Report of the Indian Hemp Drugs Commission, 1894-1895 - Volume II
Year: 1894
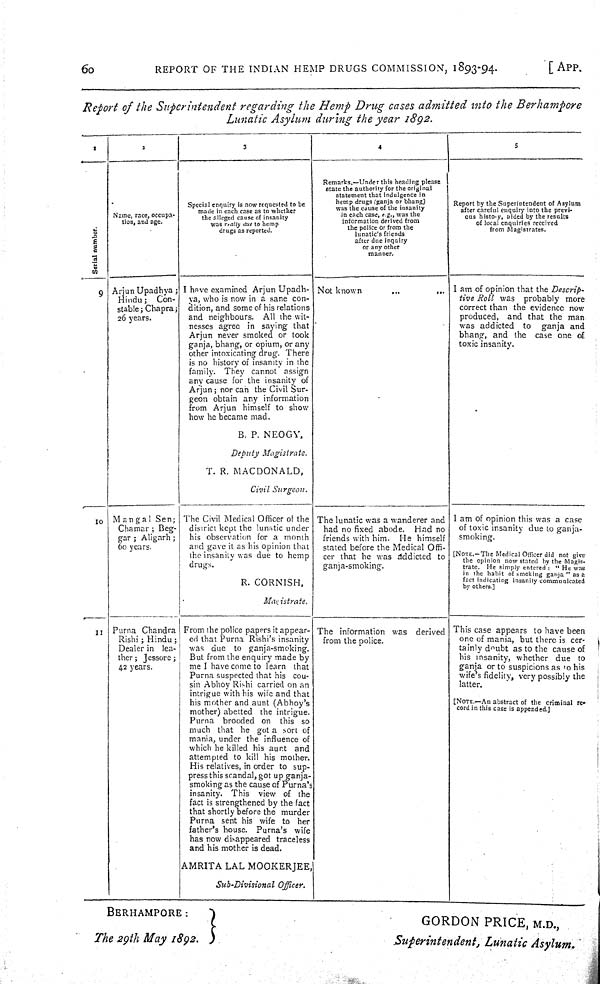
60
REPORT OF THE INDIAN HEMP DRUGS COMMISSION, 1893-94.
[APP.
Report of the Superintendent regarding the Hemp Drug cases admitted into the
Berhampore
Lunatic Asylum during the year
1892.
1
2
3
4
5
Serial number.
Name, race, occupa-
tion, and age.
Special enquiry is now requested to be
made in each case as to whether
the alleged cause of insanity
was really due to hemp
drugs as reported.
Remarks.—Under this heading please
state the authority for the original
statement that indulgence in
hemp drugs (ganja or bhang)
was the cause of the insanity
in each case, e.g., was the
information derived from
the police or from the
lunatic's friends
after due inquiry
or any other
manner.
Report by the Superintendent of Asylum
after careful enquiry into the previ-
ous history, aided by the results
of local enquiries received
from Magistrates.
Serial number.
Name, race, occupa-
tion, and age.
Special enquiry is now requested to be
made in each case as to whether
the alleged cause of insanity
was really due to hemp
drugs as reported.
Remarks.—Under this heading please
state the authority for the original
statement that indulgence in
hemp drugs (ganja or bhang)
was the cause of the insanity
in each case, e.g., was the
information derived from
the police or from the
lunatic's friends
after due inquiry
or any other
manner.
Report by the Superintendent of Asylum
after careful enquiry into the previ-
ous history, aided by the results
of local enquiries received
from Magistrates.
Serial number.
Name, race, occupa-
tion, and age.
Special enquiry is now requested to be
made in each case as to whether
the alleged cause of insanity
was really due to hemp
drugs as reported.
Remarks.—Under this heading please
state the authority for the original
statement that indulgence in
hemp drugs (ganja or bhang)
was the cause of the insanity
in each case, e.g., was the
information derived from
the police or from the
lunatic's friends
after due inquiry
or any other
manner.
Report by the Superintendent of Asylum
after careful enquiry into the previ-
ous history, aided by the results
of local enquiries received
from Magistrates.
Serial number.
Name, race, occupa-
tion, and age.
Special enquiry is now requested to be
made in each case as to whether
the alleged cause of insanity
was really due to hemp
drugs as reported.
Remarks.—Under this heading please
state the authority for the original
statement that indulgence in
hemp drugs (ganja or bhang)
was the cause of the insanity
in each case, e.g., was the
information derived from
the police or from the
lunatic's friends
after due inquiry
or any other
manner.
Report by the Superintendent of Asylum
after careful enquiry into the previ-
ous history, aided by the results
of local enquiries received
from Magistrates.
Serial number.
Name, race, occupa-
tion, and age.
Special enquiry is now requested to be
made in each case as to whether
the alleged cause of insanity
was really due to hemp
drugs as reported.
Remarks.—Under this heading please
state the authority for the original
statement that indulgence in
hemp drugs (ganja or bhang)
was the cause of the insanity
in each case, e.g., was the
information derived from
the police or from the
lunatic's friends
after due inquiry
or any other
manner.
Report by the Superintendent of Asylum
after careful enquiry into the previ-
ous history, aided by the results
of local enquiries received
from Magistrates.
Serial number.
Name, race, occupa-
tion, and age.
Special enquiry is now requested to be
made in each case as to whether
the alleged cause of insanity
was really due to hemp
drugs as reported.
Remarks.—Under this heading please
state the authority for the original
statement that indulgence in
hemp drugs (ganja or bhang)
was the cause of the insanity
in each case, e.g., was the
information derived from
the police or from the
lunatic's friends
after due inquiry
or any other
manner.
Report by the Superintendent of Asylum
after careful enquiry into the previ-
ous history, aided by the results
of local enquiries received
from Magistrates.
Serial number.
Name, race, occupa-
tion, and age.
Special enquiry is now requested to be
made in each case as to whether
the alleged cause of insanity
was really due to hemp
drugs as reported.
Remarks.—Under this heading please
state the authority for the original
statement that indulgence in
hemp drugs (ganja or bhang)
was the cause of the insanity
in each case, e.g., was the
information derived from
the police or from the
lunatic's friends
after due inquiry
or any other
manner.
Report by the Superintendent of Asylum
after careful enquiry into the previ-
ous history, aided by the results
of local enquiries received
from Magistrates.
Serial number.
Name, race, occupa-
tion, and age.
Special enquiry is now requested to be
made in each case as to whether
the alleged cause of insanity
was really due to hemp
drugs as reported.
Remarks.—Under this heading please
state the authority for the original
statement that indulgence in
hemp drugs (ganja or bhang)
was the cause of the insanity
in each case, e.g., was the
information derived from
the police or from the
lunatic's friends
after due inquiry
or any other
manner.
Report by the Superintendent of Asylum
after careful enquiry into the previ-
ous history, aided by the results
of local enquiries received
from Magistrates.
Serial number.
Name, race, occupa-
tion, and age.
Special enquiry is now requested to be
made in each case as to whether
the alleged cause of insanity
was really due to hemp
drugs as reported.
Remarks.—Under this heading please
state the authority for the original
statement that indulgence in
hemp drugs (ganja or bhang)
was the cause of the insanity
in each case, e.g., was the
information derived from
the police or from the
lunatic's friends
after due inquiry
or any other
manner.
Report by the Superintendent of Asylum
after careful enquiry into the previ-
ous history, aided by the results
of local enquiries received
from Magistrates.
Serial number.
Name, race, occupa-
tion, and age.
Special enquiry is now requested to be
made in each case as to whether
the alleged cause of insanity
was really due to hemp
drugs as reported.
Remarks.—Under this heading please
state the authority for the original
statement that indulgence in
hemp drugs (ganja or bhang)
was the cause of the insanity
in each case, e.g., was the
information derived from
the police or from the
lunatic's friends
after due inquiry
or any other
manner.
Report by the Superintendent of Asylum
after careful enquiry into the previ-
ous history, aided by the results
of local enquiries received
from Magistrates.
Serial number.
Name, race, occupa-
tion, and age.
Special enquiry is now requested to be
made in each case as to whether
the alleged cause of insanity
was really due to hemp
drugs as reported.
Remarks.—Under this heading please
state the authority for the original
statement that indulgence in
hemp drugs (ganja or bhang)
was the cause of the insanity
in each case, e.g., was the
information derived from
the police or from the
lunatic's friends
after due inquiry
or any other
manner.
Report by the Superintendent of Asylum
after careful enquiry into the previ-
ous history, aided by the results
of local enquiries received
from Magistrates.
9
Arjun Upadhya;
Hindu;
Con-
stable; Chapra;
26 years.
I have examined Arjun Upadh-
ya, who is now in a sane con-
dition, and some of his relations
and neighbours.
All the wit-
nesses agree in saying that
Arjun never smoked or took
ganja, bhang, or opium, or any
other intoxicating drug. There
is no history of insanity in the
family.
They cannot
assign
any cause for the insanity of
Arjun; nor can the Civil Sur-
geon obtain any information
from Arjun himself to show
how he became mad.
B. P. NEOGY,
Deputy Magistrate.
T. R. MACDONALD,
Civil Surgeon.
Not known
I am of opinion that the Descrip-
tive Roll was
probably
more
correct than the evidence now
produced,
and that the man
was addicted
to
ganja and
bhang, and the
case one of
toxic insanity.
9
Arjun Upadhya;
Hindu;
Con-
stable; Chapra;
26 years.
I have examined Arjun Upadh-
ya, who is now in a sane con-
dition, and some of his relations
and neighbours.
All the wit-
nesses agree in saying that
Arjun never smoked or took
ganja, bhang, or opium, or any
other intoxicating drug. There
is no history of insanity in the
family.
They cannot
assign
any cause for the insanity of
Arjun; nor can the Civil Sur-
geon obtain any information
from Arjun himself to show
how he became mad.
B. P. NEOGY,
Deputy Magistrate.
T. R. MACDONALD,
Civil Surgeon.
Not known
I am of opinion that the Descrip-
tive Roll was
probably
more
correct than the evidence now
produced,
and that the man
was addicted
to
ganja and
bhang, and the
case one of
toxic insanity.
9
Arjun Upadhya;
Hindu;
Con-
stable; Chapra;
26 years.
I have examined Arjun Upadh-
ya, who is now in a sane con-
dition, and some of his relations
and neighbours.
All the wit-
nesses agree in saying that
Arjun never smoked or took
ganja, bhang, or opium, or any
other intoxicating drug. There
is no history of insanity in the
family.
They cannot
assign
any cause for the insanity of
Arjun; nor can the Civil Sur-
geon obtain any information
from Arjun himself to show
how he became mad.
B. P. NEOGY,
Deputy Magistrate.
T. R. MACDONALD,
Civil Surgeon.
Not known
I am of opinion that the Descrip-
tive Roll was
probably
more
correct than the evidence now
produced,
and that the man
was addicted
to
ganja and
bhang, and the
case one of
toxic insanity.
9
Arjun Upadhya;
Hindu;
Con-
stable; Chapra;
26 years.
I have examined Arjun Upadh-
ya, who is now in a sane con-
dition, and some of his relations
and neighbours.
All the wit-
nesses agree in saying that
Arjun never smoked or took
ganja, bhang, or opium, or any
other intoxicating drug. There
is no history of insanity in the
family.
They cannot
assign
any cause for the insanity of
Arjun; nor can the Civil Sur-
geon obtain any information
from Arjun himself to show
how he became mad.
B. P. NEOGY,
Deputy Magistrate.
T. R. MACDONALD,
Civil Surgeon.
Not known
I am of opinion that the Descrip-
tive Roll was
probably
more
correct than the evidence now
produced,
and that the man
was addicted
to
ganja and
bhang, and the
case one of
toxic insanity.
9
Arjun Upadhya;
Hindu;
Con-
stable; Chapra;
26 years.
I have examined Arjun Upadh-
ya, who is now in a sane con-
dition, and some of his relations
and neighbours.
All the wit-
nesses agree in saying that
Arjun never smoked or took
ganja, bhang, or opium, or any
other intoxicating drug. There
is no history of insanity in the
family.
They cannot
assign
any cause for the insanity of
Arjun; nor can the Civil Sur-
geon obtain any information
from Arjun himself to show
how he became mad.
B. P. NEOGY,
Deputy Magistrate.
T. R. MACDONALD,
Civil Surgeon.
Not known
I am of opinion that the Descrip-
tive Roll was
probably
more
correct than the evidence now
produced,
and that the man
was addicted
to
ganja and
bhang, and the
case one of
toxic insanity.
9
Arjun Upadhya;
Hindu;
Con-
stable; Chapra;
26 years.
I have examined Arjun Upadh-
ya, who is now in a sane con-
dition, and some of his relations
and neighbours.
All the wit-
nesses agree in saying that
Arjun never smoked or took
ganja, bhang, or opium, or any
other intoxicating drug. There
is no history of insanity in the
family.
They cannot
assign
any cause for the insanity of
Arjun; nor can the Civil Sur-
geon obtain any information
from Arjun himself to show
how he became mad.
B. P. NEOGY,
Deputy Magistrate.
T. R. MACDONALD,
Civil Surgeon.
Not known
I am of opinion that the Descrip-
tive Roll was
probably
more
correct than the evidence now
produced,
and that the man
was addicted
to
ganja and
bhang, and the
case one of
toxic insanity.
9
Arjun Upadhya;
Hindu;
Con-
stable; Chapra;
26 years.
I have examined Arjun Upadh-
ya, who is now in a sane con-
dition, and some of his relations
and neighbours.
All the wit-
nesses agree in saying that
Arjun never smoked or took
ganja, bhang, or opium, or any
other intoxicating drug. There
is no history of insanity in the
family.
They cannot
assign
any cause for the insanity of
Arjun; nor can the Civil Sur-
geon obtain any information
from Arjun himself to show
how he became mad.
B. P. NEOGY,
Deputy Magistrate.
T. R. MACDONALD,
Civil Surgeon.
Not known
I am of opinion that the Descrip-
tive Roll was
probably
more
correct than the evidence now
produced,
and that the man
was addicted
to
ganja and
bhang, and the
case one of
toxic insanity.
9
Arjun Upadhya;
Hindu;
Con-
stable; Chapra;
26 years.
I have examined Arjun Upadh-
ya, who is now in a sane con-
dition, and some of his relations
and neighbours.
All the wit-
nesses agree in saying that
Arjun never smoked or took
ganja, bhang, or opium, or any
other intoxicating drug. There
is no history of insanity in the
family.
They cannot
assign
any cause for the insanity of
Arjun; nor can the Civil Sur-
geon obtain any information
from Arjun himself to show
how he became mad.
B. P. NEOGY,
Deputy Magistrate.
T. R. MACDONALD,
Civil Surgeon.
Not known
I am of opinion that the Descrip-
tive Roll was
probably
more
correct than the evidence now
produced,
and that the man
was addicted
to
ganja and
bhang, and the
case one of
toxic insanity.
9
Arjun Upadhya;
Hindu;
Con-
stable; Chapra;
26 years.
I have examined Arjun Upadh-
ya, who is now in a sane con-
dition, and some of his relations
and neighbours.
All the wit-
nesses agree in saying that
Arjun never smoked or took
ganja, bhang, or opium, or any
other intoxicating drug. There
is no history of insanity in the
family.
They cannot
assign
any cause for the insanity of
Arjun; nor can the Civil Sur-
geon obtain any information
from Arjun himself to show
how he became mad.
B. P. NEOGY,
Deputy Magistrate.
T. R. MACDONALD,
Civil Surgeon.
Not known
I am of opinion that the Descrip-
tive Roll was
probably
more
correct than the evidence now
produced,
and that the man
was addicted
to
ganja and
bhang, and the
case one of
toxic insanity.
9
Arjun Upadhya;
Hindu;
Con-
stable; Chapra;
26 years.
I have examined Arjun Upadh-
ya, who is now in a sane con-
dition, and some of his relations
and neighbours.
All the wit-
nesses agree in saying that
Arjun never smoked or took
ganja, bhang, or opium, or any
other intoxicating drug. There
is no history of insanity in the
family.
They cannot
assign
any cause for the insanity of
Arjun; nor can the Civil Sur-
geon obtain any information
from Arjun himself to show
how he became mad.
B. P. NEOGY,
Deputy Magistrate.
T. R. MACDONALD,
Civil Surgeon.
Not known
I am of opinion that the Descrip-
tive Roll was
probably
more
correct than the evidence now
produced,
and that the man
was addicted
to
ganja and
bhang, and the
case one of
toxic insanity.
9
Arjun Upadhya;
Hindu;
Con-
stable; Chapra;
26 years.
I have examined Arjun Upadh-
ya, who is now in a sane con-
dition, and some of his relations
and neighbours.
All the wit-
nesses agree in saying that
Arjun never smoked or took
ganja, bhang, or opium, or any
other intoxicating drug. There
is no history of insanity in the
family.
They cannot
assign
any cause for the insanity of
Arjun; nor can the Civil Sur-
geon obtain any information
from Arjun himself to show
how he became mad.
B. P. NEOGY,
Deputy Magistrate.
T. R. MACDONALD,
Civil Surgeon.
Not known
I am of opinion that the Descrip-
tive Roll was
probably
more
correct than the evidence now
produced,
and that the man
was addicted
to
ganja and
bhang, and the
case one of
toxic insanity.
9
Arjun Upadhya;
Hindu;
Con-
stable; Chapra;
26 years.
I have examined Arjun Upadh-
ya, who is now in a sane con-
dition, and some of his relations
and neighbours.
All the wit-
nesses agree in saying that
Arjun never smoked or took
ganja, bhang, or opium, or any
other intoxicating drug. There
is no history of insanity in the
family.
They cannot
assign
any cause for the insanity of
Arjun; nor can the Civil Sur-
geon obtain any information
from Arjun himself to show
how he became mad.
B. P. NEOGY,
Deputy Magistrate.
T. R. MACDONALD,
Civil Surgeon.
Not known
I am of opinion that the Descrip-
tive Roll was
probably
more
correct than the evidence now
produced,
and that the man
was addicted
to
ganja and
bhang, and the
case one of
toxic insanity.
9
Arjun Upadhya;
Hindu;
Con-
stable; Chapra;
26 years.
I have examined Arjun Upadh-
ya, who is now in a sane con-
dition, and some of his relations
and neighbours.
All the wit-
nesses agree in saying that
Arjun never smoked or took
ganja, bhang, or opium, or any
other intoxicating drug. There
is no history of insanity in the
family.
They cannot
assign
any cause for the insanity of
Arjun; nor can the Civil Sur-
geon obtain any information
from Arjun himself to show
how he became mad.
B. P. NEOGY,
Deputy Magistrate.
T. R. MACDONALD,
Civil Surgeon.
Not known
I am of opinion that the Descrip-
tive Roll was
probably
more
correct than the evidence now
produced,
and that the man
was addicted
to
ganja and
bhang, and the
case one of
toxic insanity.
9
Arjun Upadhya;
Hindu;
Con-
stable; Chapra;
26 years.
I have examined Arjun Upadh-
ya, who is now in a sane con-
dition, and some of his relations
and neighbours.
All the wit-
nesses agree in saying that
Arjun never smoked or took
ganja, bhang, or opium, or any
other intoxicating drug. There
is no history of insanity in the
family.
They cannot
assign
any cause for the insanity of
Arjun; nor can the Civil Sur-
geon obtain any information
from Arjun himself to show
how he became mad.
B. P. NEOGY,
Deputy Magistrate.
T. R. MACDONALD,
Civil Surgeon.
Not known
I am of opinion that the Descrip-
tive Roll was
probably
more
correct than the evidence now
produced,
and that the man
was addicted
to
ganja and
bhang, and the
case one of
toxic insanity.
9
Arjun Upadhya;
Hindu;
Con-
stable; Chapra;
26 years.
I have examined Arjun Upadh-
ya, who is now in a sane con-
dition, and some of his relations
and neighbours.
All the wit-
nesses agree in saying that
Arjun never smoked or took
ganja, bhang, or opium, or any
other intoxicating drug. There
is no history of insanity in the
family.
They cannot
assign
any cause for the insanity of
Arjun; nor can the Civil Sur-
geon obtain any information
from Arjun himself to show
how he became mad.
B. P. NEOGY,
Deputy Magistrate.
T. R. MACDONALD,
Civil Surgeon.
Not known
I am of opinion that the Descrip-
tive Roll was
probably
more
correct than the evidence now
produced,
and that the man
was addicted
to
ganja and
bhang, and the
case one of
toxic insanity.
9
Arjun Upadhya;
Hindu;
Con-
stable; Chapra;
26 years.
I have examined Arjun Upadh-
ya, who is now in a sane con-
dition, and some of his relations
and neighbours.
All the wit-
nesses agree in saying that
Arjun never smoked or took
ganja, bhang, or opium, or any
other intoxicating drug. There
is no history of insanity in the
family.
They cannot
assign
any cause for the insanity of
Arjun; nor can the Civil Sur-
geon obtain any information
from Arjun himself to show
how he became mad.
B. P. NEOGY,
Deputy Magistrate.
T. R. MACDONALD,
Civil Surgeon.
Not known
I am of opinion that the Descrip-
tive Roll was
probably
more
correct than the evidence now
produced,
and that the man
was addicted
to
ganja and
bhang, and the
case one of
toxic insanity.
9
Arjun Upadhya;
Hindu;
Con-
stable; Chapra;
26 years.
I have examined Arjun Upadh-
ya, who is now in a sane con-
dition, and some of his relations
and neighbours.
All the wit-
nesses agree in saying that
Arjun never smoked or took
ganja, bhang, or opium, or any
other intoxicating drug. There
is no history of insanity in the
family.
They cannot
assign
any cause for the insanity of
Arjun; nor can the Civil Sur-
geon obtain any information
from Arjun himself to show
how he became mad.
B. P. NEOGY,
Deputy Magistrate.
T. R. MACDONALD,
Civil Surgeon.
Not known
I am of opinion that the Descrip-
tive Roll was
probably
more
correct than the evidence now
produced,
and that the man
was addicted
to
ganja and
bhang, and the
case one of
toxic insanity.
9
Arjun Upadhya;
Hindu;
Con-
stable; Chapra;
26 years.
I have examined Arjun Upadh-
ya, who is now in a sane con-
dition, and some of his relations
and neighbours.
All the wit-
nesses agree in saying that
Arjun never smoked or took
ganja, bhang, or opium, or any
other intoxicating drug. There
is no history of insanity in the
family.
They cannot
assign
any cause for the insanity of
Arjun; nor can the Civil Sur-
geon obtain any information
from Arjun himself to show
how he became mad.
B. P. NEOGY,
Deputy Magistrate.
T. R. MACDONALD,
Civil Surgeon.
Not known
I am of opinion that the Descrip-
tive Roll was
probably
more
correct than the evidence now
produced,
and that the man
was addicted
to
ganja and
bhang, and the
case one of
toxic insanity.
9
Arjun Upadhya;
Hindu;
Con-
stable; Chapra;
26 years.
I have examined Arjun Upadh-
ya, who is now in a sane con-
dition, and some of his relations
and neighbours.
All the wit-
nesses agree in saying that
Arjun never smoked or took
ganja, bhang, or opium, or any
other intoxicating drug. There
is no history of insanity in the
family.
They cannot
assign
any cause for the insanity of
Arjun; nor can the Civil Sur-
geon obtain any information
from Arjun himself to show
how he became mad.
B. P. NEOGY,
Deputy Magistrate.
T. R. MACDONALD,
Civil Surgeon.
Not known
I am of opinion that the Descrip-
tive Roll was
probably
more
correct than the evidence now
produced,
and that the man
was addicted
to
ganja and
bhang, and the
case one of
toxic insanity.
10
Mangal
Sen;
Chamar; Beg-
gar; Aligarh;
60 years.
The Civil Medical Officer of the
district kept the lunatic under
his observation for a month
and gave it as his opinion that
the insanity was due to hemp
drugs.
R. CORNISH,
Magistrate.
The lunatic was a wanderer and
had no fixed abode.
Had no
friends with him.
He himself
stated before the Medical Offi-
cer that he was addicted to
ganja-smoking.
I am of opinion this was a case
of toxic insanity due to ganja-
smoking.
10
Mangal
Sen;
Chamar; Beg-
gar; Aligarh;
60 years.
The Civil Medical Officer of the
district kept the lunatic under
his observation for a month
and gave it as his opinion that
the insanity was due to hemp
drugs.
R. CORNISH,
Magistrate.
The lunatic was a wanderer and
had no fixed abode.
Had no
friends with him.
He himself
stated before the Medical Offi-
cer that he was addicted to
ganja-smoking.
I am of opinion this was a case
of toxic insanity due to ganja-
smoking.
10
Mangal
Sen;
Chamar; Beg-
gar; Aligarh;
60 years.
The Civil Medical Officer of the
district kept the lunatic under
his observation for a month
and gave it as his opinion that
the insanity was due to hemp
drugs.
R. CORNISH,
Magistrate.
The lunatic was a wanderer and
had no fixed abode.
Had no
friends with him.
He himself
stated before the Medical Offi-
cer that he was addicted to
ganja-smoking.
I am of opinion this was a case
of toxic insanity due to ganja-
smoking.
10
Mangal
Sen;
Chamar; Beg-
gar; Aligarh;
60 years.
The Civil Medical Officer of the
district kept the lunatic under
his observation for a month
and gave it as his opinion that
the insanity was due to hemp
drugs.
R. CORNISH,
Magistrate.
The lunatic was a wanderer and
had no fixed abode.
Had no
friends with him.
He himself
stated before the Medical Offi-
cer that he was addicted to
ganja-smoking.
10
Mangal
Sen;
Chamar; Beg-
gar; Aligarh;
60 years.
The Civil Medical Officer of the
district kept the lunatic under
his observation for a month
and gave it as his opinion that
the insanity was due to hemp
drugs.
R. CORNISH,
Magistrate.
The lunatic was a wanderer and
had no fixed abode.
Had no
friends with him.
He himself
stated before the Medical Offi-
cer that he was addicted to
ganja-smoking.
[NOTE.-The Medical Officer did not give
the opinion now stated by the Magis-
trate. He simply entered: "He was
in the habit of smoking ganja" as a
fact indicating insanity communicated
by others.]
10
Mangal
Sen;
Chamar; Beg-
gar; Aligarh;
60 years.
The Civil Medical Officer of the
district kept the lunatic under
his observation for a month
and gave it as his opinion that
the insanity was due to hemp
drugs.
R. CORNISH,
Magistrate.
The lunatic was a wanderer and
had no fixed abode.
Had no
friends with him.
He himself
stated before the Medical Offi-
cer that he was addicted to
ganja-smoking.
[NOTE.-The Medical Officer did not give
the opinion now stated by the Magis-
trate. He simply entered: "He was
in the habit of smoking ganja" as a
fact indicating insanity communicated
by others.]
10
Mangal
Sen;
Chamar; Beg-
gar; Aligarh;
60 years.
The Civil Medical Officer of the
district kept the lunatic under
his observation for a month
and gave it as his opinion that
the insanity was due to hemp
drugs.
R. CORNISH,
Magistrate.
The lunatic was a wanderer and
had no fixed abode.
Had no
friends with him.
He himself
stated before the Medical Offi-
cer that he was addicted to
ganja-smoking.
[NOTE.-The Medical Officer did not give
the opinion now stated by the Magis-
trate. He simply entered: "He was
in the habit of smoking ganja" as a
fact indicating insanity communicated
by others.]
10
Mangal
Sen;
Chamar; Beg-
gar; Aligarh;
60 years.
The Civil Medical Officer of the
district kept the lunatic under
his observation for a month
and gave it as his opinion that
the insanity was due to hemp
drugs.
R. CORNISH,
Magistrate.
The lunatic was a wanderer and
had no fixed abode.
Had no
friends with him.
He himself
stated before the Medical Offi-
cer that he was addicted to
ganja-smoking.
11
Purna Chandra
Rishi; Hindu;
Dealer in
lea-
ther; Jessore;
42 years.
From the police papers it appear-
ed that Purna Rishi's insanity
was due
to
ganja-smoking.
But from the enquiry made by
me I have come to learn
that
Purna suspected that his
cou-
sin Abhoy Rishi carried on an
intrigue with his wife and that
his mother and aunt (Abhoy's
mother) abetted the intrigue.
Purna
brooded on
this
so
much that he got a sort of
mania, under the influence of
which he killed his aunt
and
attempted to kill his mother.
His relatives, in order to sup-
press this scandal, got up ganja-
smoking as the cause of Purna's
insanity.
This
view of
the
fact is strengthened by the fact
that shortly before the murder
Purna sent his wife to
her
father's house.
Purna's
wife
has now disappeared traceless
and his mother is dead.
AMRITA LAL MOOKERJEE,
Sub-Divisional Officer.
The information was
derived
from the police.
This case appears to have been
11
Purna Chandra
Rishi; Hindu;
Dealer in
lea-
ther; Jessore;
42 years.
From the police papers it appear-
ed that Purna Rishi's insanity
was due
to
ganja-smoking.
But from the enquiry made by
me I have come to learn
that
Purna suspected that his
cou-
sin Abhoy Rishi carried on an
intrigue with his wife and that
his mother and aunt (Abhoy's
mother) abetted the intrigue.
Purna
brooded on
this
so
much that he got a sort of
mania, under the influence of
which he killed his aunt
and
attempted to kill his mother.
His relatives, in order to sup-
press this scandal, got up ganja-
smoking as the cause of Purna's
insanity.
This
view of
the
fact is strengthened by the fact
that shortly before the murder
Purna sent his wife to
her
father's house.
Purna's
wife
has now disappeared traceless
and his mother is dead.
AMRITA LAL MOOKERJEE,
Sub-Divisional Officer.
The information was
derived
from the police.
one of mania, but there is cer-
11
Purna Chandra
Rishi; Hindu;
Dealer in
lea-
ther; Jessore;
42 years.
From the police papers it appear-
ed that Purna Rishi's insanity
was due
to
ganja-smoking.
But from the enquiry made by
me I have come to learn
that
Purna suspected that his
cou-
sin Abhoy Rishi carried on an
intrigue with his wife and that
his mother and aunt (Abhoy's
mother) abetted the intrigue.
Purna
brooded on
this
so
much that he got a sort of
mania, under the influence of
which he killed his aunt
and
attempted to kill his mother.
His relatives, in order to sup-
press this scandal, got up ganja-
smoking as the cause of Purna's
insanity.
This
view of
the
fact is strengthened by the fact
that shortly before the murder
Purna sent his wife to
her
father's house.
Purna's
wife
has now disappeared traceless
and his mother is dead.
AMRITA LAL MOOKERJEE,
Sub-Divisional Officer.
The information was
derived
from the police.
tainly doubt as to the cause of
11
Purna Chandra
Rishi; Hindu;
Dealer in
lea-
ther; Jessore;
42 years.
From the police papers it appear-
ed that Purna Rishi's insanity
was due
to
ganja-smoking.
But from the enquiry made by
me I have come to learn
that
Purna suspected that his
cou-
sin Abhoy Rishi carried on an
intrigue with his wife and that
his mother and aunt (Abhoy's
mother) abetted the intrigue.
Purna
brooded on
this
so
much that he got a sort of
mania, under the influence of
which he killed his aunt
and
attempted to kill his mother.
His relatives, in order to sup-
press this scandal, got up ganja-
smoking as the cause of Purna's
insanity.
This
view of
the
fact is strengthened by the fact
that shortly before the murder
Purna sent his wife to
her
father's house.
Purna's
wife
has now disappeared traceless
and his mother is dead.
AMRITA LAL MOOKERJEE,
Sub-Divisional Officer.
The information was
derived
from the police.
his insanity, whether due
to
11
Purna Chandra
Rishi; Hindu;
Dealer in
lea-
ther; Jessore;
42 years.
From the police papers it appear-
ed that Purna Rishi's insanity
was due
to
ganja-smoking.
But from the enquiry made by
me I have come to learn
that
Purna suspected that his
cou-
sin Abhoy Rishi carried on an
intrigue with his wife and that
his mother and aunt (Abhoy's
mother) abetted the intrigue.
Purna
brooded on
this
so
much that he got a sort of
mania, under the influence of
which he killed his aunt
and
attempted to kill his mother.
His relatives, in order to sup-
press this scandal, got up ganja-
smoking as the cause of Purna's
insanity.
This
view of
the
fact is strengthened by the fact
that shortly before the murder
Purna sent his wife to
her
father's house.
Purna's
wife
has now disappeared traceless
and his mother is dead.
AMRITA LAL MOOKERJEE,
Sub-Divisional Officer.
The information was
derived
from the police.
ganja or to suspicions as to his
wife's
fidelity,
very possibly the
11
Purna Chandra
Rishi; Hindu;
Dealer in
lea-
ther; Jessore;
42 years.
From the police papers it appear-
ed that Purna Rishi's insanity
was due
to
ganja-smoking.
But from the enquiry made by
me I have come to learn
that
Purna suspected that his
cou-
sin Abhoy Rishi carried on an
intrigue with his wife and that
his mother and aunt (Abhoy's
mother) abetted the intrigue.
Purna
brooded on
this
so
much that he got a sort of
mania, under the influence of
which he killed his aunt
and
attempted to kill his mother.
His relatives, in order to sup-
press this scandal, got up ganja-
smoking as the cause of Purna's
insanity.
This
view of
the
fact is strengthened by the fact
that shortly before the murder
Purna sent his wife to
her
father's house.
Purna's
wife
has now disappeared traceless
and his mother is dead.
AMRITA LAL MOOKERJEE,
Sub-Divisional Officer.
The information was
derived
from the police.
11
Purna Chandra
Rishi; Hindu;
Dealer in
lea-
ther; Jessore;
42 years.
From the police papers it appear-
ed that Purna Rishi's insanity
was due
to
ganja-smoking.
But from the enquiry made by
me I have come to learn
that
Purna suspected that his
cou-
sin Abhoy Rishi carried on an
intrigue with his wife and that
his mother and aunt (Abhoy's
mother) abetted the intrigue.
Purna
brooded on
this
so
much that he got a sort of
mania, under the influence of
which he killed his aunt
and
attempted to kill his mother.
His relatives, in order to sup-
press this scandal, got up ganja-
smoking as the cause of Purna's
insanity.
This
view of
the
fact is strengthened by the fact
that shortly before the murder
Purna sent his wife to
her
father's house.
Purna's
wife
has now disappeared traceless
and his mother is dead.
AMRITA LAL MOOKERJEE,
Sub-Divisional Officer.
The information was
derived
from the police.
latter.
11
Purna Chandra
Rishi; Hindu;
Dealer in
lea-
ther; Jessore;
42 years.
From the police papers it appear-
ed that Purna Rishi's insanity
was due
to
ganja-smoking.
But from the enquiry made by
me I have come to learn
that
Purna suspected that his
cou-
sin Abhoy Rishi carried on an
intrigue with his wife and that
his mother and aunt (Abhoy's
mother) abetted the intrigue.
Purna
brooded on
this
so
much that he got a sort of
mania, under the influence of
which he killed his aunt
and
attempted to kill his mother.
His relatives, in order to sup-
press this scandal, got up ganja-
smoking as the cause of Purna's
insanity.
This
view of
the
fact is strengthened by the fact
that shortly before the murder
Purna sent his wife to
her
father's house.
Purna's
wife
has now disappeared traceless
and his mother is dead.
AMRITA LAL MOOKERJEE,
Sub-Divisional Officer.
The information was
derived
from the police.
11
Purna Chandra
Rishi; Hindu;
Dealer in
lea-
ther; Jessore;
42 years.
From the police papers it appear-
ed that Purna Rishi's insanity
was due
to
ganja-smoking.
But from the enquiry made by
me I have come to learn
that
Purna suspected that his
cou-
sin Abhoy Rishi carried on an
intrigue with his wife and that
his mother and aunt (Abhoy's
mother) abetted the intrigue.
Purna
brooded on
this
so
much that he got a sort of
mania, under the influence of
which he killed his aunt
and
attempted to kill his mother.
His relatives, in order to sup-
press this scandal, got up ganja-
smoking as the cause of Purna's
insanity.
This
view of
the
fact is strengthened by the fact
that shortly before the murder
Purna sent his wife to
her
father's house.
Purna's
wife
has now disappeared traceless
and his mother is dead.
AMRITA LAL MOOKERJEE,
Sub-Divisional Officer.
The information was
derived
from the police.
[NOTE.—An abstract of the criminal re-
cord in this case is appended.]
11
Purna Chandra
Rishi; Hindu;
Dealer in
lea-
ther; Jessore;
42 years.
From the police papers it appear-
ed that Purna Rishi's insanity
was due
to
ganja-smoking.
But from the enquiry made by
me I have come to learn
that
Purna suspected that his
cou-
sin Abhoy Rishi carried on an
intrigue with his wife and that
his mother and aunt (Abhoy's
mother) abetted the intrigue.
Purna
brooded on
this
so
much that he got a sort of
mania, under the influence of
which he killed his aunt
and
attempted to kill his mother.
His relatives, in order to sup-
press this scandal, got up ganja-
smoking as the cause of Purna's
insanity.
This
view of
the
fact is strengthened by the fact
that shortly before the murder
Purna sent his wife to
her
father's house.
Purna's
wife
has now disappeared traceless
and his mother is dead.
AMRITA LAL MOOKERJEE,
Sub-Divisional Officer.
The information was
derived
from the police.
[NOTE.—An abstract of the criminal re-
cord in this case is appended.]
11
Purna Chandra
Rishi; Hindu;
Dealer in
lea-
ther; Jessore;
42 years.
From the police papers it appear-
ed that Purna Rishi's insanity
was due
to
ganja-smoking.
But from the enquiry made by
me I have come to learn
that
Purna suspected that his
cou-
sin Abhoy Rishi carried on an
intrigue with his wife and that
his mother and aunt (Abhoy's
mother) abetted the intrigue.
Purna
brooded on
this
so
much that he got a sort of
mania, under the influence of
which he killed his aunt
and
attempted to kill his mother.
His relatives, in order to sup-
press this scandal, got up ganja-
smoking as the cause of Purna's
insanity.
This
view of
the
fact is strengthened by the fact
that shortly before the murder
Purna sent his wife to
her
father's house.
Purna's
wife
has now disappeared traceless
and his mother is dead.
AMRITA LAL MOOKERJEE,
Sub-Divisional Officer.
The information was
derived
from the police.
11
Purna Chandra
Rishi; Hindu;
Dealer in
lea-
ther; Jessore;
42 years.
From the police papers it appear-
ed that Purna Rishi's insanity
was due
to
ganja-smoking.
But from the enquiry made by
me I have come to learn
that
Purna suspected that his
cou-
sin Abhoy Rishi carried on an
intrigue with his wife and that
his mother and aunt (Abhoy's
mother) abetted the intrigue.
Purna
brooded on
this
so
much that he got a sort of
mania, under the influence of
which he killed his aunt
and
attempted to kill his mother.
His relatives, in order to sup-
press this scandal, got up ganja-
smoking as the cause of Purna's
insanity.
This
view of
the
fact is strengthened by the fact
that shortly before the murder
Purna sent his wife to
her
father's house.
Purna's
wife
has now disappeared traceless
and his mother is dead.
AMRITA LAL MOOKERJEE,
Sub-Divisional Officer.
The information was
derived
from the police.
11
Purna Chandra
Rishi; Hindu;
Dealer in
lea-
ther; Jessore;
42 years.
From the police papers it appear-
ed that Purna Rishi's insanity
was due
to
ganja-smoking.
But from the enquiry made by
me I have come to learn
that
Purna suspected that his
cou-
sin Abhoy Rishi carried on an
intrigue with his wife and that
his mother and aunt (Abhoy's
mother) abetted the intrigue.
Purna
brooded on
this
so
much that he got a sort of
mania, under the influence of
which he killed his aunt
and
attempted to kill his mother.
His relatives, in order to sup-
press this scandal, got up ganja-
smoking as the cause of Purna's
insanity.
This
view of
the
fact is strengthened by the fact
that shortly before the murder
Purna sent his wife to
her
father's house.
Purna's
wife
has now disappeared traceless
and his mother is dead.
AMRITA LAL MOOKERJEE,
Sub-Divisional Officer.
The information was
derived
from the police.
11
Purna Chandra
Rishi; Hindu;
Dealer in
lea-
ther; Jessore;
42 years.
From the police papers it appear-
ed that Purna Rishi's insanity
was due
to
ganja-smoking.
But from the enquiry made by
me I have come to learn
that
Purna suspected that his
cou-
sin Abhoy Rishi carried on an
intrigue with his wife and that
his mother and aunt (Abhoy's
mother) abetted the intrigue.
Purna
brooded on
this
so
much that he got a sort of
mania, under the influence of
which he killed his aunt
and
attempted to kill his mother.
His relatives, in order to sup-
press this scandal, got up ganja-
smoking as the cause of Purna's
insanity.
This
view of
the
fact is strengthened by the fact
that shortly before the murder
Purna sent his wife to
her
father's house.
Purna's
wife
has now disappeared traceless
and his mother is dead.
AMRITA LAL MOOKERJEE,
Sub-Divisional Officer.
The information was
derived
from the police.
11
Purna Chandra
Rishi; Hindu;
Dealer in
lea-
ther; Jessore;
42 years.
From the police papers it appear-
ed that Purna Rishi's insanity
was due
to
ganja-smoking.
But from the enquiry made by
me I have come to learn
that
Purna suspected that his
cou-
sin Abhoy Rishi carried on an
intrigue with his wife and that
his mother and aunt (Abhoy's
mother) abetted the intrigue.
Purna
brooded on
this
so
much that he got a sort of
mania, under the influence of
which he killed his aunt
and
attempted to kill his mother.
His relatives, in order to sup-
press this scandal, got up ganja-
smoking as the cause of Purna's
insanity.
This
view of
the
fact is strengthened by the fact
that shortly before the murder
Purna sent his wife to
her
father's house.
Purna's
wife
has now disappeared traceless
and his mother is dead.
AMRITA LAL MOOKERJEE,
Sub-Divisional Officer.
The information was
derived
from the police.
11
Purna Chandra
Rishi; Hindu;
Dealer in
lea-
ther; Jessore;
42 years.
From the police papers it appear-
ed that Purna Rishi's insanity
was due
to
ganja-smoking.
But from the enquiry made by
me I have come to learn
that
Purna suspected that his
cou-
sin Abhoy Rishi carried on an
intrigue with his wife and that
his mother and aunt (Abhoy's
mother) abetted the intrigue.
Purna
brooded on
this
so
much that he got a sort of
mania, under the influence of
which he killed his aunt
and
attempted to kill his mother.
His relatives, in order to sup-
press this scandal, got up ganja-
smoking as the cause of Purna's
insanity.
This
view of
the
fact is strengthened by the fact
that shortly before the murder
Purna sent his wife to
her
father's house.
Purna's
wife
has now disappeared traceless
and his mother is dead.
AMRITA LAL MOOKERJEE,
Sub-Divisional Officer.
The information was
derived
from the police.
11
Purna Chandra
Rishi; Hindu;
Dealer in
lea-
ther; Jessore;
42 years.
From the police papers it appear-
ed that Purna Rishi's insanity
was due
to
ganja-smoking.
But from the enquiry made by
me I have come to learn
that
Purna suspected that his
cou-
sin Abhoy Rishi carried on an
intrigue with his wife and that
his mother and aunt (Abhoy's
mother) abetted the intrigue.
Purna
brooded on
this
so
much that he got a sort of
mania, under the influence of
which he killed his aunt
and
attempted to kill his mother.
His relatives, in order to sup-
press this scandal, got up ganja-
smoking as the cause of Purna's
insanity.
This
view of
the
fact is strengthened by the fact
that shortly before the murder
Purna sent his wife to
her
father's house.
Purna's
wife
has now disappeared traceless
and his mother is dead.
AMRITA LAL MOOKERJEE,
Sub-Divisional Officer.
The information was
derived
from the police.
11
Purna Chandra
Rishi; Hindu;
Dealer in
lea-
ther; Jessore;
42 years.
From the police papers it appear-
ed that Purna Rishi's insanity
was due
to
ganja-smoking.
But from the enquiry made by
me I have come to learn
that
Purna suspected that his
cou-
sin Abhoy Rishi carried on an
intrigue with his wife and that
his mother and aunt (Abhoy's
mother) abetted the intrigue.
Purna
brooded on
this
so
much that he got a sort of
mania, under the influence of
which he killed his aunt
and
attempted to kill his mother.
His relatives, in order to sup-
press this scandal, got up ganja-
smoking as the cause of Purna's
insanity.
This
view of
the
fact is strengthened by the fact
that shortly before the murder
Purna sent his wife to
her
father's house.
Purna's
wife
has now disappeared traceless
and his mother is dead.
AMRITA LAL MOOKERJEE,
Sub-Divisional Officer.
The information was
derived
from the police.
11
Purna Chandra
Rishi; Hindu;
Dealer in
lea-
ther; Jessore;
42 years.
From the police papers it appear-
ed that Purna Rishi's insanity
was due
to
ganja-smoking.
But from the enquiry made by
me I have come to learn
that
Purna suspected that his
cou-
sin Abhoy Rishi carried on an
intrigue with his wife and that
his mother and aunt (Abhoy's
mother) abetted the intrigue.
Purna
brooded on
this
so
much that he got a sort of
mania, under the influence of
which he killed his aunt
and
attempted to kill his mother.
His relatives, in order to sup-
press this scandal, got up ganja-
smoking as the cause of Purna's
insanity.
This
view of
the
fact is strengthened by the fact
that shortly before the murder
Purna sent his wife to
her
father's house.
Purna's
wife
has now disappeared traceless
and his mother is dead.
AMRITA LAL MOOKERJEE,
Sub-Divisional Officer.
The information was
derived
from the police.
11
Purna Chandra
Rishi; Hindu;
Dealer in
lea-
ther; Jessore;
42 years.
From the police papers it appear-
ed that Purna Rishi's insanity
was due
to
ganja-smoking.
But from the enquiry made by
me I have come to learn
that
Purna suspected that his
cou-
sin Abhoy Rishi carried on an
intrigue with his wife and that
his mother and aunt (Abhoy's
mother) abetted the intrigue.
Purna
brooded on
this
so
much that he got a sort of
mania, under the influence of
which he killed his aunt
and
attempted to kill his mother.
His relatives, in order to sup-
press this scandal, got up ganja-
smoking as the cause of Purna's
insanity.
This
view of
the
fact is strengthened by the fact
that shortly before the murder
Purna sent his wife to
her
father's house.
Purna's
wife
has now disappeared traceless
and his mother is dead.
AMRITA LAL MOOKERJEE,
Sub-Divisional Officer.
The information was
derived
from the police.
11
Purna Chandra
Rishi; Hindu;
Dealer in
lea-
ther; Jessore;
42 years.
From the police papers it appear-
ed that Purna Rishi's insanity
was due
to
ganja-smoking.
But from the enquiry made by
me I have come to learn
that
Purna suspected that his
cou-
sin Abhoy Rishi carried on an
intrigue with his wife and that
his mother and aunt (Abhoy's
mother) abetted the intrigue.
Purna
brooded on
this
so
much that he got a sort of
mania, under the influence of
which he killed his aunt
and
attempted to kill his mother.
His relatives, in order to sup-
press this scandal, got up ganja-
smoking as the cause of Purna's
insanity.
This
view of
the
fact is strengthened by the fact
that shortly before the murder
Purna sent his wife to
her
father's house.
Purna's
wife
has now disappeared traceless
and his mother is dead.
AMRITA LAL MOOKERJEE,
Sub-Divisional Officer.
The information was
derived
from the police.
11
Purna Chandra
Rishi; Hindu;
Dealer in
lea-
ther; Jessore;
42 years.
From the police papers it appear-
ed that Purna Rishi's insanity
was due
to
ganja-smoking.
But from the enquiry made by
me I have come to learn
that
Purna suspected that his
cou-
sin Abhoy Rishi carried on an
intrigue with his wife and that
his mother and aunt (Abhoy's
mother) abetted the intrigue.
Purna
brooded on
this
so
much that he got a sort of
mania, under the influence of
which he killed his aunt
and
attempted to kill his mother.
His relatives, in order to sup-
press this scandal, got up ganja-
smoking as the cause of Purna's
insanity.
This
view of
the
fact is strengthened by the fact
that shortly before the murder
Purna sent his wife to
her
father's house.
Purna's
wife
has now disappeared traceless
and his mother is dead.
AMRITA LAL MOOKERJEE,
Sub-Divisional Officer.
The information was
derived
from the police.
11
Purna Chandra
Rishi; Hindu;
Dealer in
lea-
ther; Jessore;
42 years.
From the police papers it appear-
ed that Purna Rishi's insanity
was due
to
ganja-smoking.
But from the enquiry made by
me I have come to learn
that
Purna suspected that his
cou-
sin Abhoy Rishi carried on an
intrigue with his wife and that
his mother and aunt (Abhoy's
mother) abetted the intrigue.
Purna
brooded on
this
so
much that he got a sort of
mania, under the influence of
which he killed his aunt
and
attempted to kill his mother.
His relatives, in order to sup-
press this scandal, got up ganja-
smoking as the cause of Purna's
insanity.
This
view of
the
fact is strengthened by the fact
that shortly before the murder
Purna sent his wife to
her
father's house.
Purna's
wife
has now disappeared traceless
and his mother is dead.
AMRITA LAL MOOKERJEE,
Sub-Divisional Officer.
The information was
derived
from the police.
11
Purna Chandra
Rishi; Hindu;
Dealer in
lea-
ther; Jessore;
42 years.
From the police papers it appear-
ed that Purna Rishi's insanity
was due
to
ganja-smoking.
But from the enquiry made by
me I have come to learn
that
Purna suspected that his
cou-
sin Abhoy Rishi carried on an
intrigue with his wife and that
his mother and aunt (Abhoy's
mother) abetted the intrigue.
Purna
brooded on
this
so
much that he got a sort of
mania, under the influence of
which he killed his aunt
and
attempted to kill his mother.
His relatives, in order to sup-
press this scandal, got up ganja-
smoking as the cause of Purna's
insanity.
This
view of
the
fact is strengthened by the fact
that shortly before the murder
Purna sent his wife to
her
father's house.
Purna's
wife
has now disappeared traceless
and his mother is dead.
AMRITA LAL MOOKERJEE,
Sub-Divisional Officer.
The information was
derived
from the police.
11
Purna Chandra
Rishi; Hindu;
Dealer in
lea-
ther; Jessore;
42 years.
From the police papers it appear-
ed that Purna Rishi's insanity
was due
to
ganja-smoking.
But from the enquiry made by
me I have come to learn
that
Purna suspected that his
cou-
sin Abhoy Rishi carried on an
intrigue with his wife and that
his mother and aunt (Abhoy's
mother) abetted the intrigue.
Purna
brooded on
this
so
much that he got a sort of
mania, under the influence of
which he killed his aunt
and
attempted to kill his mother.
His relatives, in order to sup-
press this scandal, got up ganja-
smoking as the cause of Purna's
insanity.
This
view of
the
fact is strengthened by the fact
that shortly before the murder
Purna sent his wife to
her
father's house.
Purna's
wife
has now disappeared traceless
and his mother is dead.
AMRITA LAL MOOKERJEE,
Sub-Divisional Officer.
The information was
derived
from the police.
11
Purna Chandra
Rishi; Hindu;
Dealer in
lea-
ther; Jessore;
42 years.
From the police papers it appear-
ed that Purna Rishi's insanity
was due
to
ganja-smoking.
But from the enquiry made by
me I have come to learn
that
Purna suspected that his
cou-
sin Abhoy Rishi carried on an
intrigue with his wife and that
his mother and aunt (Abhoy's
mother) abetted the intrigue.
Purna
brooded on
this
so
much that he got a sort of
mania, under the influence of
which he killed his aunt
and
attempted to kill his mother.
His relatives, in order to sup-
press this scandal, got up ganja-
smoking as the cause of Purna's
insanity.
This
view of
the
fact is strengthened by the fact
that shortly before the murder
Purna sent his wife to
her
father's house.
Purna's
wife
has now disappeared traceless
and his mother is dead.
AMRITA LAL MOOKERJEE,
Sub-Divisional Officer.
The information was
derived
from the police.
11
Purna Chandra
Rishi; Hindu;
Dealer in
lea-
ther; Jessore;
42 years.
From the police papers it appear-
ed that Purna Rishi's insanity
was due
to
ganja-smoking.
But from the enquiry made by
me I have come to learn
that
Purna suspected that his
cou-
sin Abhoy Rishi carried on an
intrigue with his wife and that
his mother and aunt (Abhoy's
mother) abetted the intrigue.
Purna
brooded on
this
so
much that he got a sort of
mania, under the influence of
which he killed his aunt
and
attempted to kill his mother.
His relatives, in order to sup-
press this scandal, got up ganja-
smoking as the cause of Purna's
insanity.
This
view of
the
fact is strengthened by the fact
that shortly before the murder
Purna sent his wife to
her
father's house.
Purna's
wife
has now disappeared traceless
and his mother is dead.
AMRITA LAL MOOKERJEE,
Sub-Divisional Officer.
The information was
derived
from the police.
BERHAMPORE:
The 29th May
1892.
GORDON
PRICE,
M.D.,
Superintendent, Lunatic Asylum.